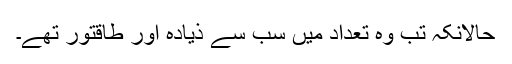
حالانکہ تب وہ تعداد میں سب سے ذیادہ اور طاقتور تھے۔